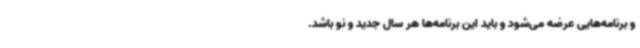
و برنامه‌هایی عرضه می‌شود و باید این برنامه‌ها هر سال جدید و نو باشد.